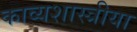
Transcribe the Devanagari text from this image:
काव्यशास्त्रीया